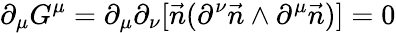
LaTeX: \partial_{\mu}G^{\mu}=\partial_{\mu}\partial_{\nu}[\vec{n}(\partial^{\nu}\vec{n}\wedge\partial^{\mu}\vec{n})]=0